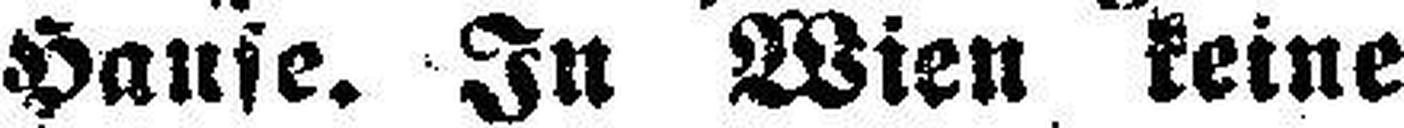
Hause. In Wien keine